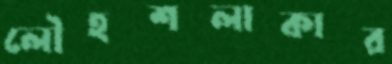
লৌহশলাকার